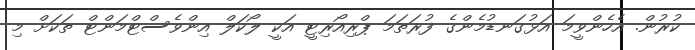
ކުރުން. އެހެންވީމަ އަޅުގަނޑުމެންގެ ފުރަތަމަ ޕްރިއޯރިޓީ އަކީ ލޯކަލް އިންވެސްޓްމަންޓް ތަކަށް މި